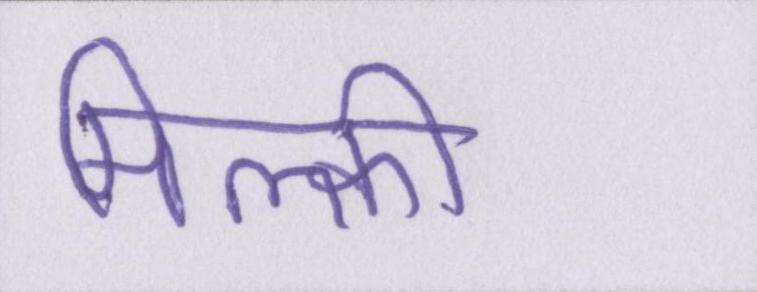
मिल्की